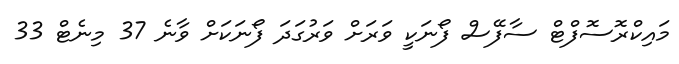
މައިކްރޮސޮފްޓް ސާފޭސް ފޯނަކީ ވަރަށް ވަރުގަދަ ފޯނަކަށް ވާނެ 37 މިނެޓް 33